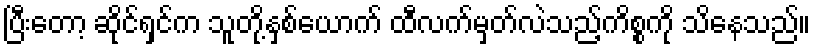
ပြီးတော့ ဆိုင်ရှင်က သူတို့နှစ်ယောက် ထီလက်မှတ်လဲသည့်ကိစ္စကို သိနေသည်။